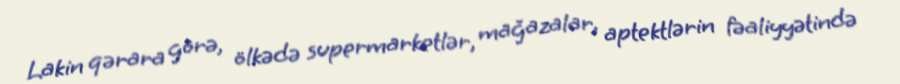
Lakin qərara görə, ölkədə supermarketlər, mağazalar, aptektlərin fəaliyyətində